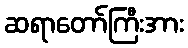
ဆရာတော်ကြီးအား